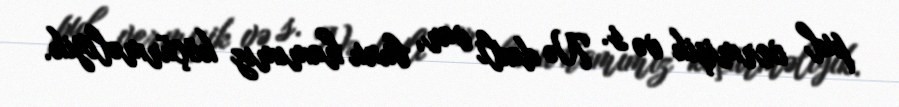
pul vermişik və s. Nə dəxli var, bunu hamımız köçürməliyik.